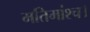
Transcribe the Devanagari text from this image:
मतिमांश्च।